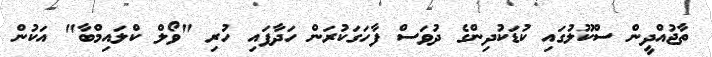
ތާޖުއްދީން ސްކޫލުގައި ކުޑަކުދިންގެ ދުވަސް ފާހަގަކުރަން ހަދާފައި ހުރި "ވޯލް ކްލައިމްބާ" އަކުން